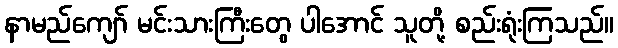
နာမည်ကျော် မင်းသားကြီးတွေ ပါအောင် သူတို့ စည်းရုံးကြသည်။